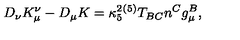
D _ { \nu } K _ { \mu } ^ { \nu } - D _ { \mu } K = \kappa _ { 5 } ^ { 2 } { } ^ { ( 5 ) } T _ { B C } n ^ { C } g _ { \mu } ^ { B } ,